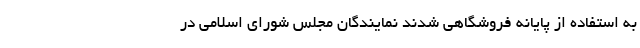
به استفاده از پایانه فروشگاهی شدند نمایندگان مجلس شورای اسلامی در